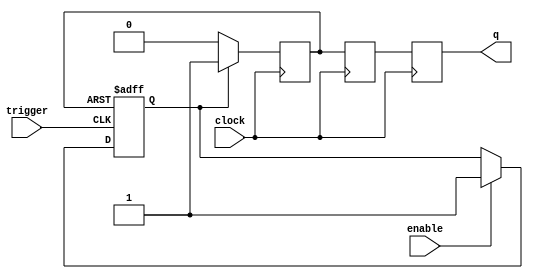
//////////////////////////////////////////////////////////////////
//    IonControl 1.0:  Copyright 2016 Sandia Corporation              
//    This Software is released under the GPL license detailed    
//    in the file "license.txt" in the top-level pyGSTi directory 
//////////////////////////////////////////////////////////////////

module monoflop_sync( 
	input wire clock, 
	input wire enable, 
	input wire trigger, 
	output reg q=0 );

reg tmp;
reg q0 = 0;
reg q1 = 0;

always @ (posedge trigger or posedge q0)
begin
  if (q0)
    tmp <= 0;
  else if (enable)
    tmp <= 1;
end

always @ (posedge clock )
begin
  if (tmp)
    q0 <= 1;
  else
    q0 <= 0;
end

always @(posedge clock)
begin
	q1 <= q0;
	q <= q1;
end

endmodule